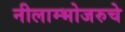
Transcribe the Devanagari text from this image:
नीलाम्भोजरुचे